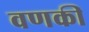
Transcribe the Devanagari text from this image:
वणकी